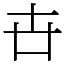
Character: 卋